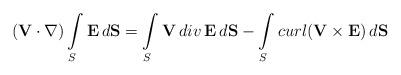
LaTeX: \begin{align*}({\bf V}\cdot\nabla)\int\limits_S {\bf E}\,d{\bf S}=\int\limits_S {\bf V}\,div\,{\bf E}\,d{\bf S}-\int\limits_S curl({\bf V}\times{\bf E})\,d{\bf S}\end{align*}